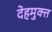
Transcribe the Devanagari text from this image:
देहमुक्त